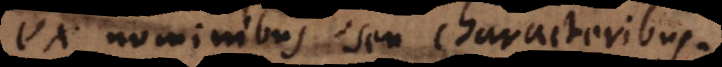
x nominibus seu characteribus.